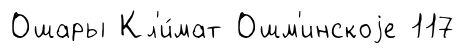
Ошары Кл'и́мат Ошм'инскоjе 117